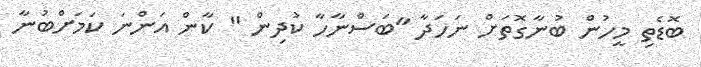
ބޮޑެތި މީހުން ބުނާގޮތަށް ނަހަދާ "ބަސްނާހާ ކުދިން " ކާން އަންނަ ކަމަށްބުނާ